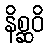
နိစ္ဆဝိ